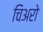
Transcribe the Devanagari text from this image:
चिअरो